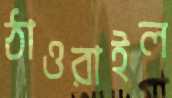
ঠাওরাইল